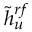
\tilde { h } _ { u } ^ { r f }